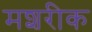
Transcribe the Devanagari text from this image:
मशरीक